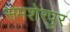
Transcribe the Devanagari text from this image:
समशेरपुर